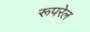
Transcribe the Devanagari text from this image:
रूपरेल